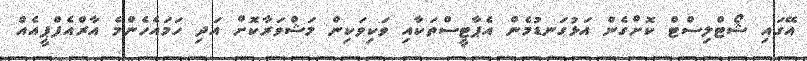
އޭގައި ޝޯޓްލިސްޓް ކޮށްގެން އަޅުގަނޑުމެން އެޕާޓީސްތަކާއި ވަކިވަކިން މަޝްވަރާކޮށް އަދި ހަމައެހެންމެ އާރްއެފްޕީއެއް